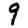
Digit: 9